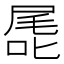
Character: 𭉖